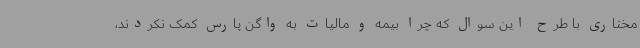
مختاری با طرح این سوال که چرا بیمه و مالیات به واگن پارس کمک نکردند،